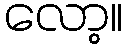
လော့။